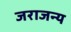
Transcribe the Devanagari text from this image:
जराजन्य